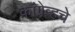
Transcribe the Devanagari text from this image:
कॉग्रेव्हचे